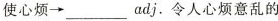
使心烦→___ adj.令人心烦意乱的